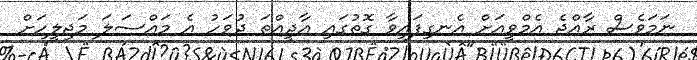
ނަމަވެސް ރާއްޖެ އެމްވީއަށް އެނގިފައިވާ ގޮތުގައި އާދީއްތަ ދުވަހު އެ މައްސަލަ މަޖިލީހަށް